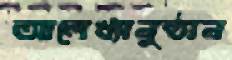
আলেখ্যানুষ্ঠান